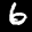
Label: 6